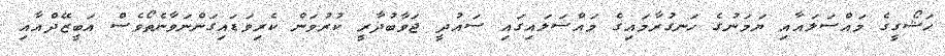
ޙަޝޯގީގެ މައްސަލައާއި ޔަމަނުގެ ހަނގުރާމައިގެ މައްސަލައިގައި ސައުދީ ޖަވާބުދާރީ ކުރުވަން ކެރިވަޑައިގަންނަވާނެތޯވެސް އަބީޒޭދްއާއި